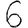
Digit: 6